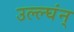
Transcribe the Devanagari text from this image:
उल्ल्घंन्